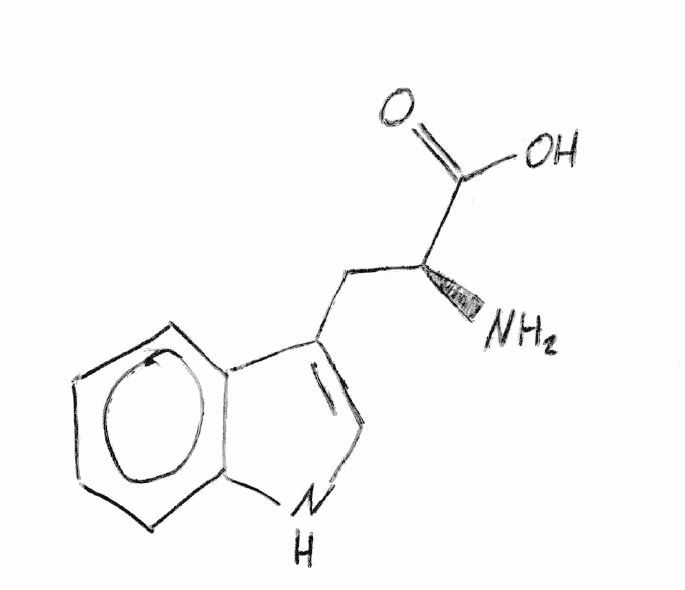
Simplified molecular-input line-entry system (SMILES) notation of the given molecule:
C1=CC=C2C(=C1)C(=CN2)C[C@@H](C(=O)O)N